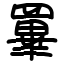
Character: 罼